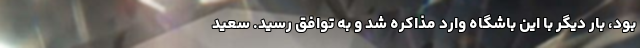
بود، بار دیگر با این باشگاه وارد مذاکره شد و به توافق رسید. سعید